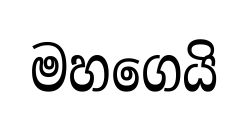
මහගෙයි